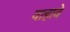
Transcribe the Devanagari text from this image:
वाहावे